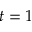
t = 1